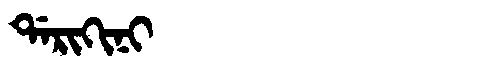
Manchu: ᡩᠠᡵᡳᡴᡳᠨᡳ
Romanization: DARIKINI